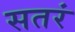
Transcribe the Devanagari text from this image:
सतरं